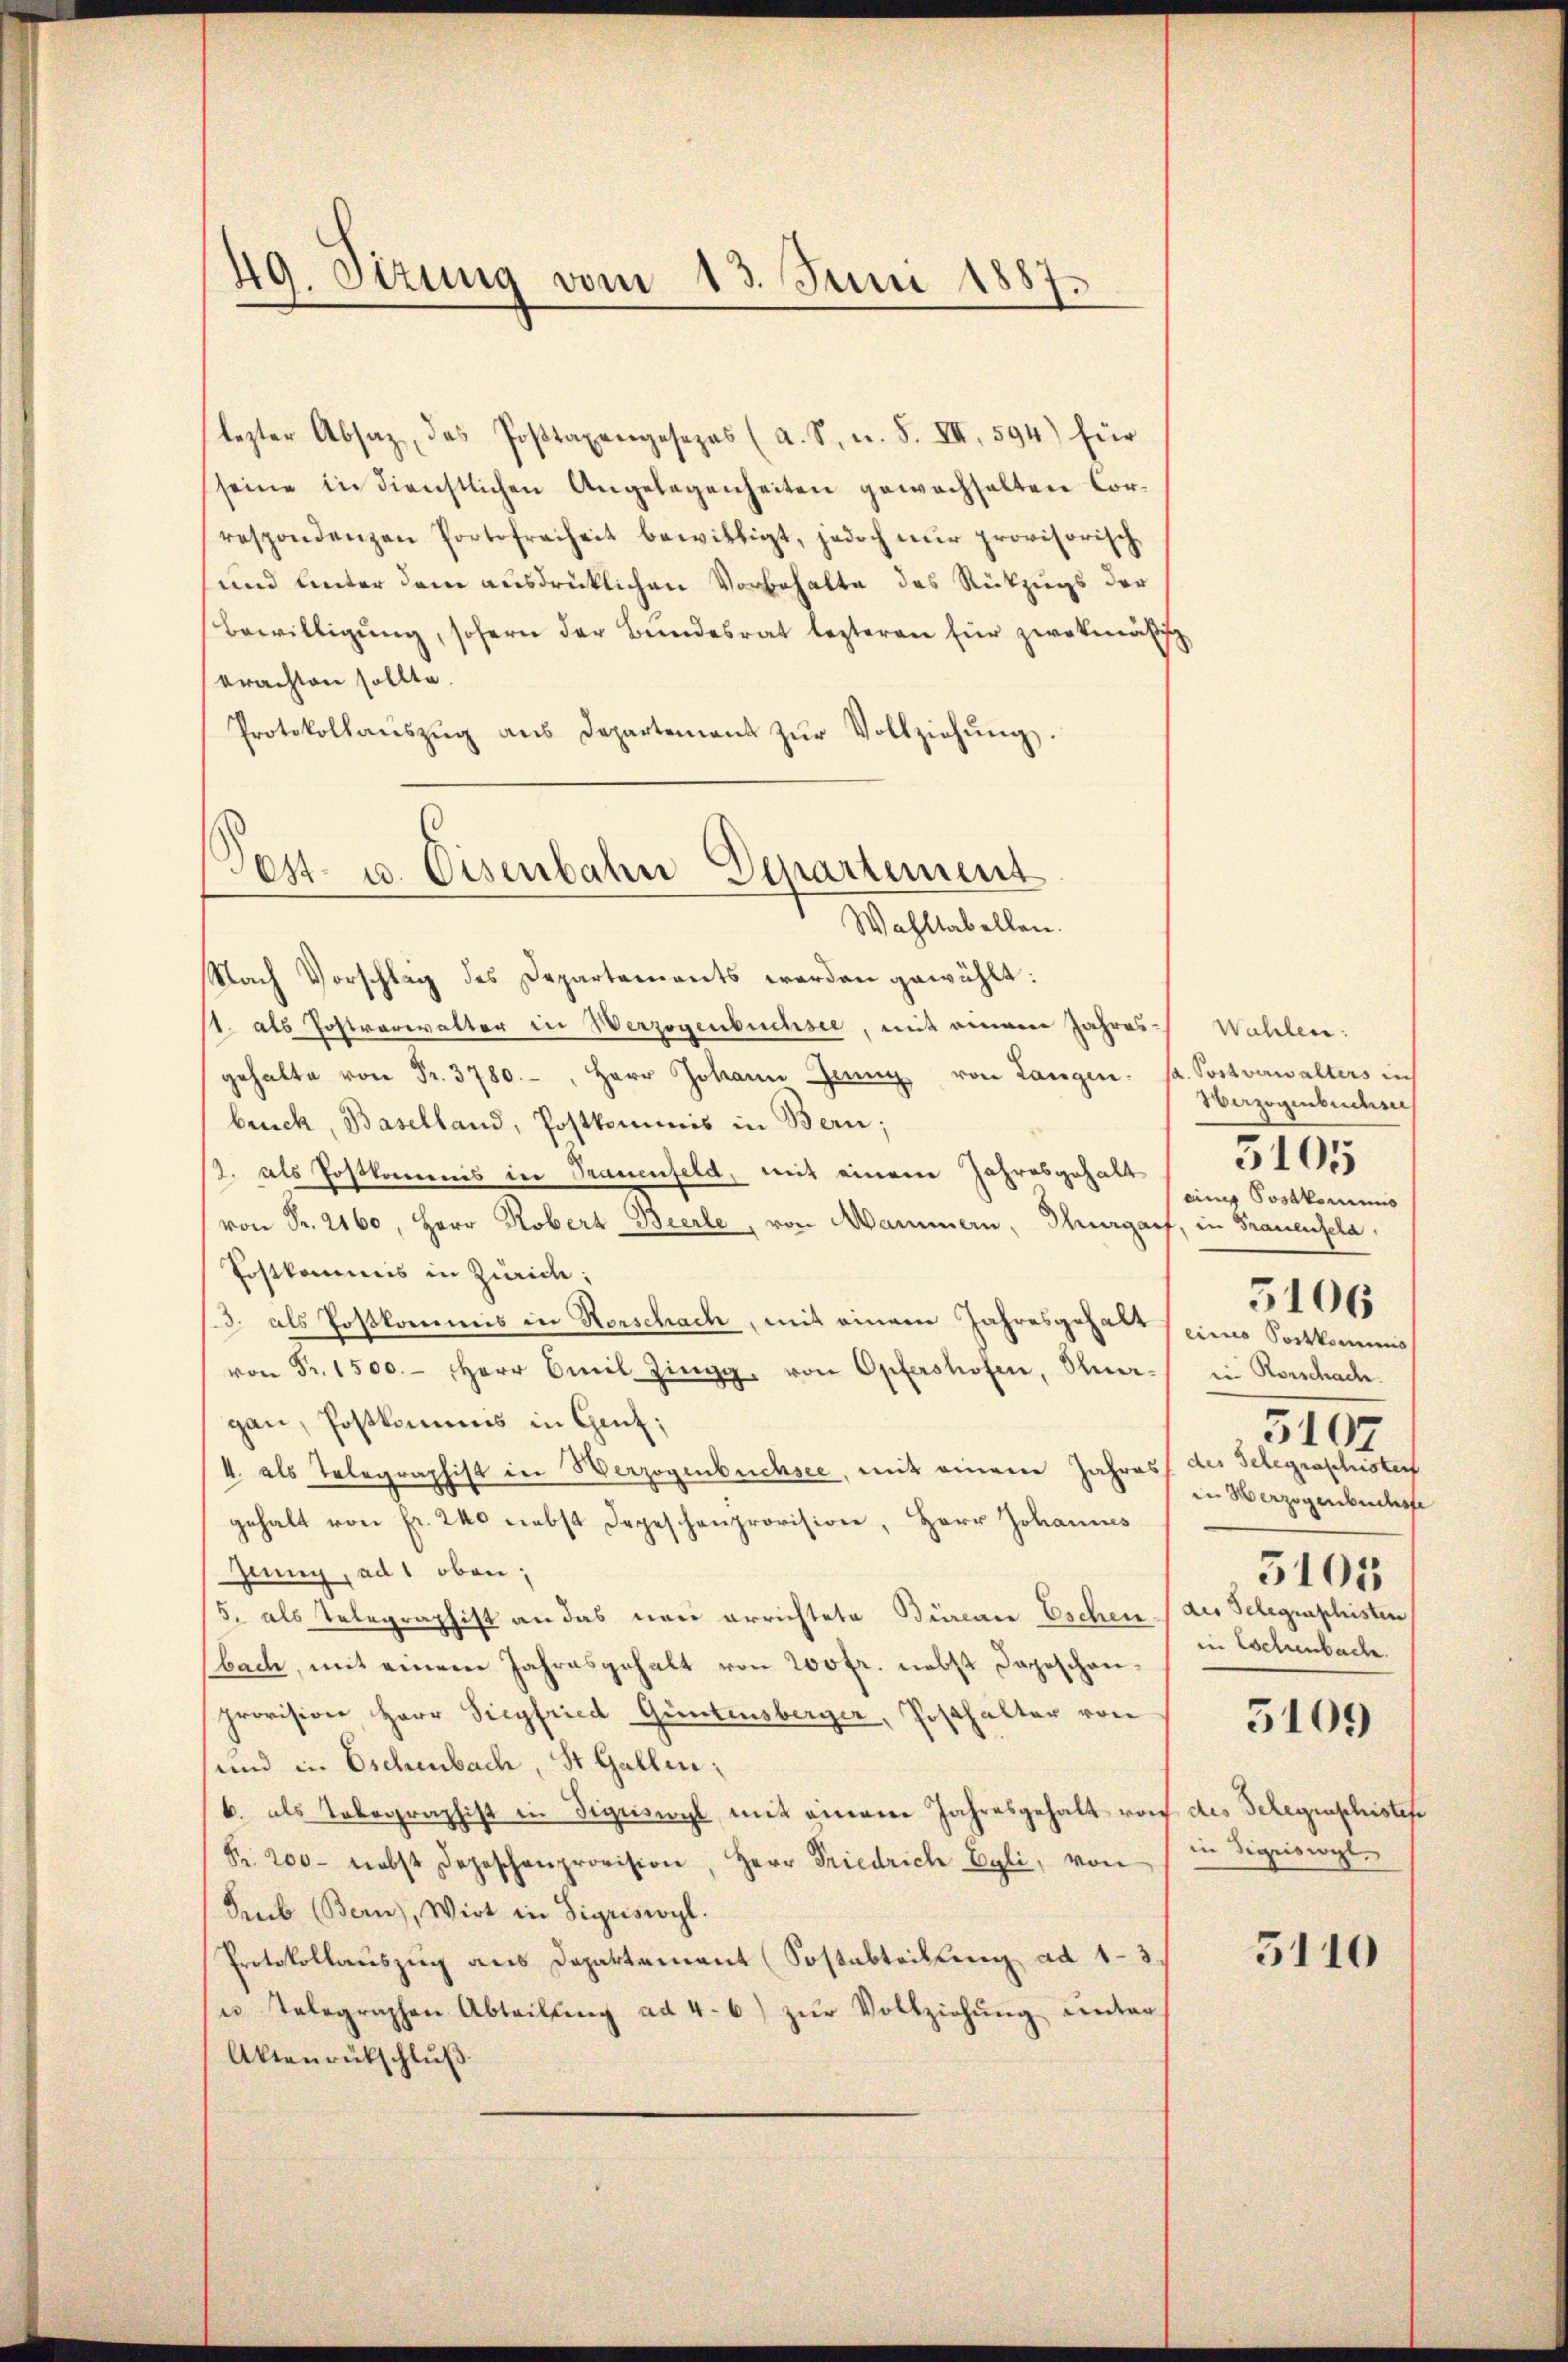
49. Sizung vom 13. Juni 1887.

lezter Absaz, das Postaxengesezes (a. S. n. F. VII, 594) für
seine in dienstlichen Angelegenheiten gewachhalten Correspondenzen Portofreiheit bewilligt, jedoch nur provisorische
und unter dem ausdrücklichen Vorbehalte des Rückzugs der
Bewilligung, sofern der Bundesrat lezteren für zwekmäßig
brachten sollte.
Protokollaŭszŭg ans Departement zŭr Vollziehŭng.
Nach Vorschlag des Departements werden gewählt:
st. als Postverwalter in Werzogenbuchsee, mit einem Jahres-
gehalte von Fr. 3780.-, Herr Johann Jenny von Langen.
bruck, Baselland, Postkommis in Bern;
/. als Postkommnis in Trauenfeld, mit einem Jahresgehalt
von Fr. 2160, Herr Robert Bierle, von Mammern, Thurgarf, in Frauensela
Postkommis in Zürich;
3. als Postkommis in Vorschach, mit einem Jahresgehalt eines Postkommis
von Fr. 1500. Herr Emil Zingg, von Opfershofen, See-
gau, Postkommis in Genf;
4. als Telegraphist in Verzogenbuchsee, mit einem Jahres des Telegraschister
gehalt von fr. 240 nebst Depeschenprovision, Herr Johannes
jing, ad 1 oben;
5. als Telegraphist an das neu errichtete Bürcar Eschen (des Telegraphisten
bach, mit einem Jahresgehalt von 200fr. nebst Depeschanprovision Herr Siegfried Güntensberger, Posthalter von
und in Eschenbach, St. Gallen;
b. als Tobegraphist in Sigriswyl, mit einem Jahresgehalt von des Gelegenschistete
Fr. 200 nebst Depeschenprovision, Herr Friedrich Egli, von in Sigriswyl
Sub (Bern), Wirt in Sigriswyl.
Protokollauszug aus Departement (Sostabteilung ad 13.
u telegraphen Abteilŭng ad 4. 6) zŭr Vollziehŭng ŭnter-
Aktenrückschluß

(Post- u. Eisenbahn Departement
Wahltabellen.

Wahlen:
sa. Postverwalters in
Herzogenbuchse
einig Sosatoriums
in Rorschach.
in Herzogenbuchste
5105
in Eschenbache.
5109

3105

5106

5107

5110